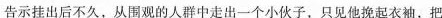
告示挂出后不久。从围观的人群中走出一个小伙子，只见他挽起衣袖。把